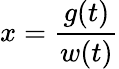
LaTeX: x={\frac{g(t)}{w(t)}}